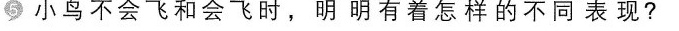
⑤小鸟不会飞和会飞时，明明有着怎样的不同表现？